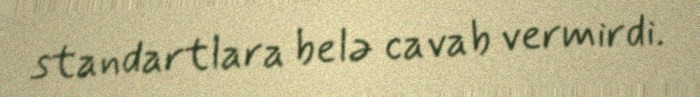
standartlara belə cavab vermirdi.